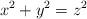
LaTeX: \begin{align*}x^2+y^2=z^2\end{align*}